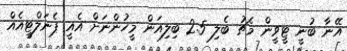
އޭނާ ބުނީ ޓީވީން މެޗު ބެލި 2.5 ބިލިއަން މީހުންނަށް އެއީ ޕެނަލްޓީއެއް